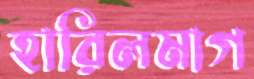
হারিলমাগ